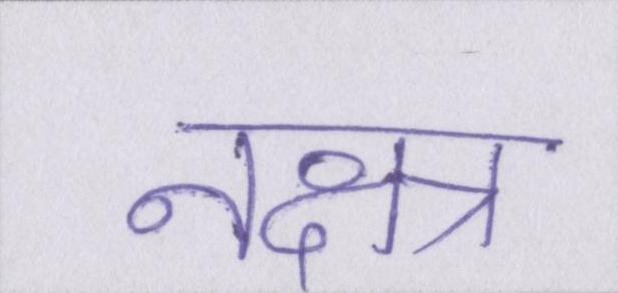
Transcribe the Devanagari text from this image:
नक्षत्र